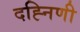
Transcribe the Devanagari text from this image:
दह्निणी